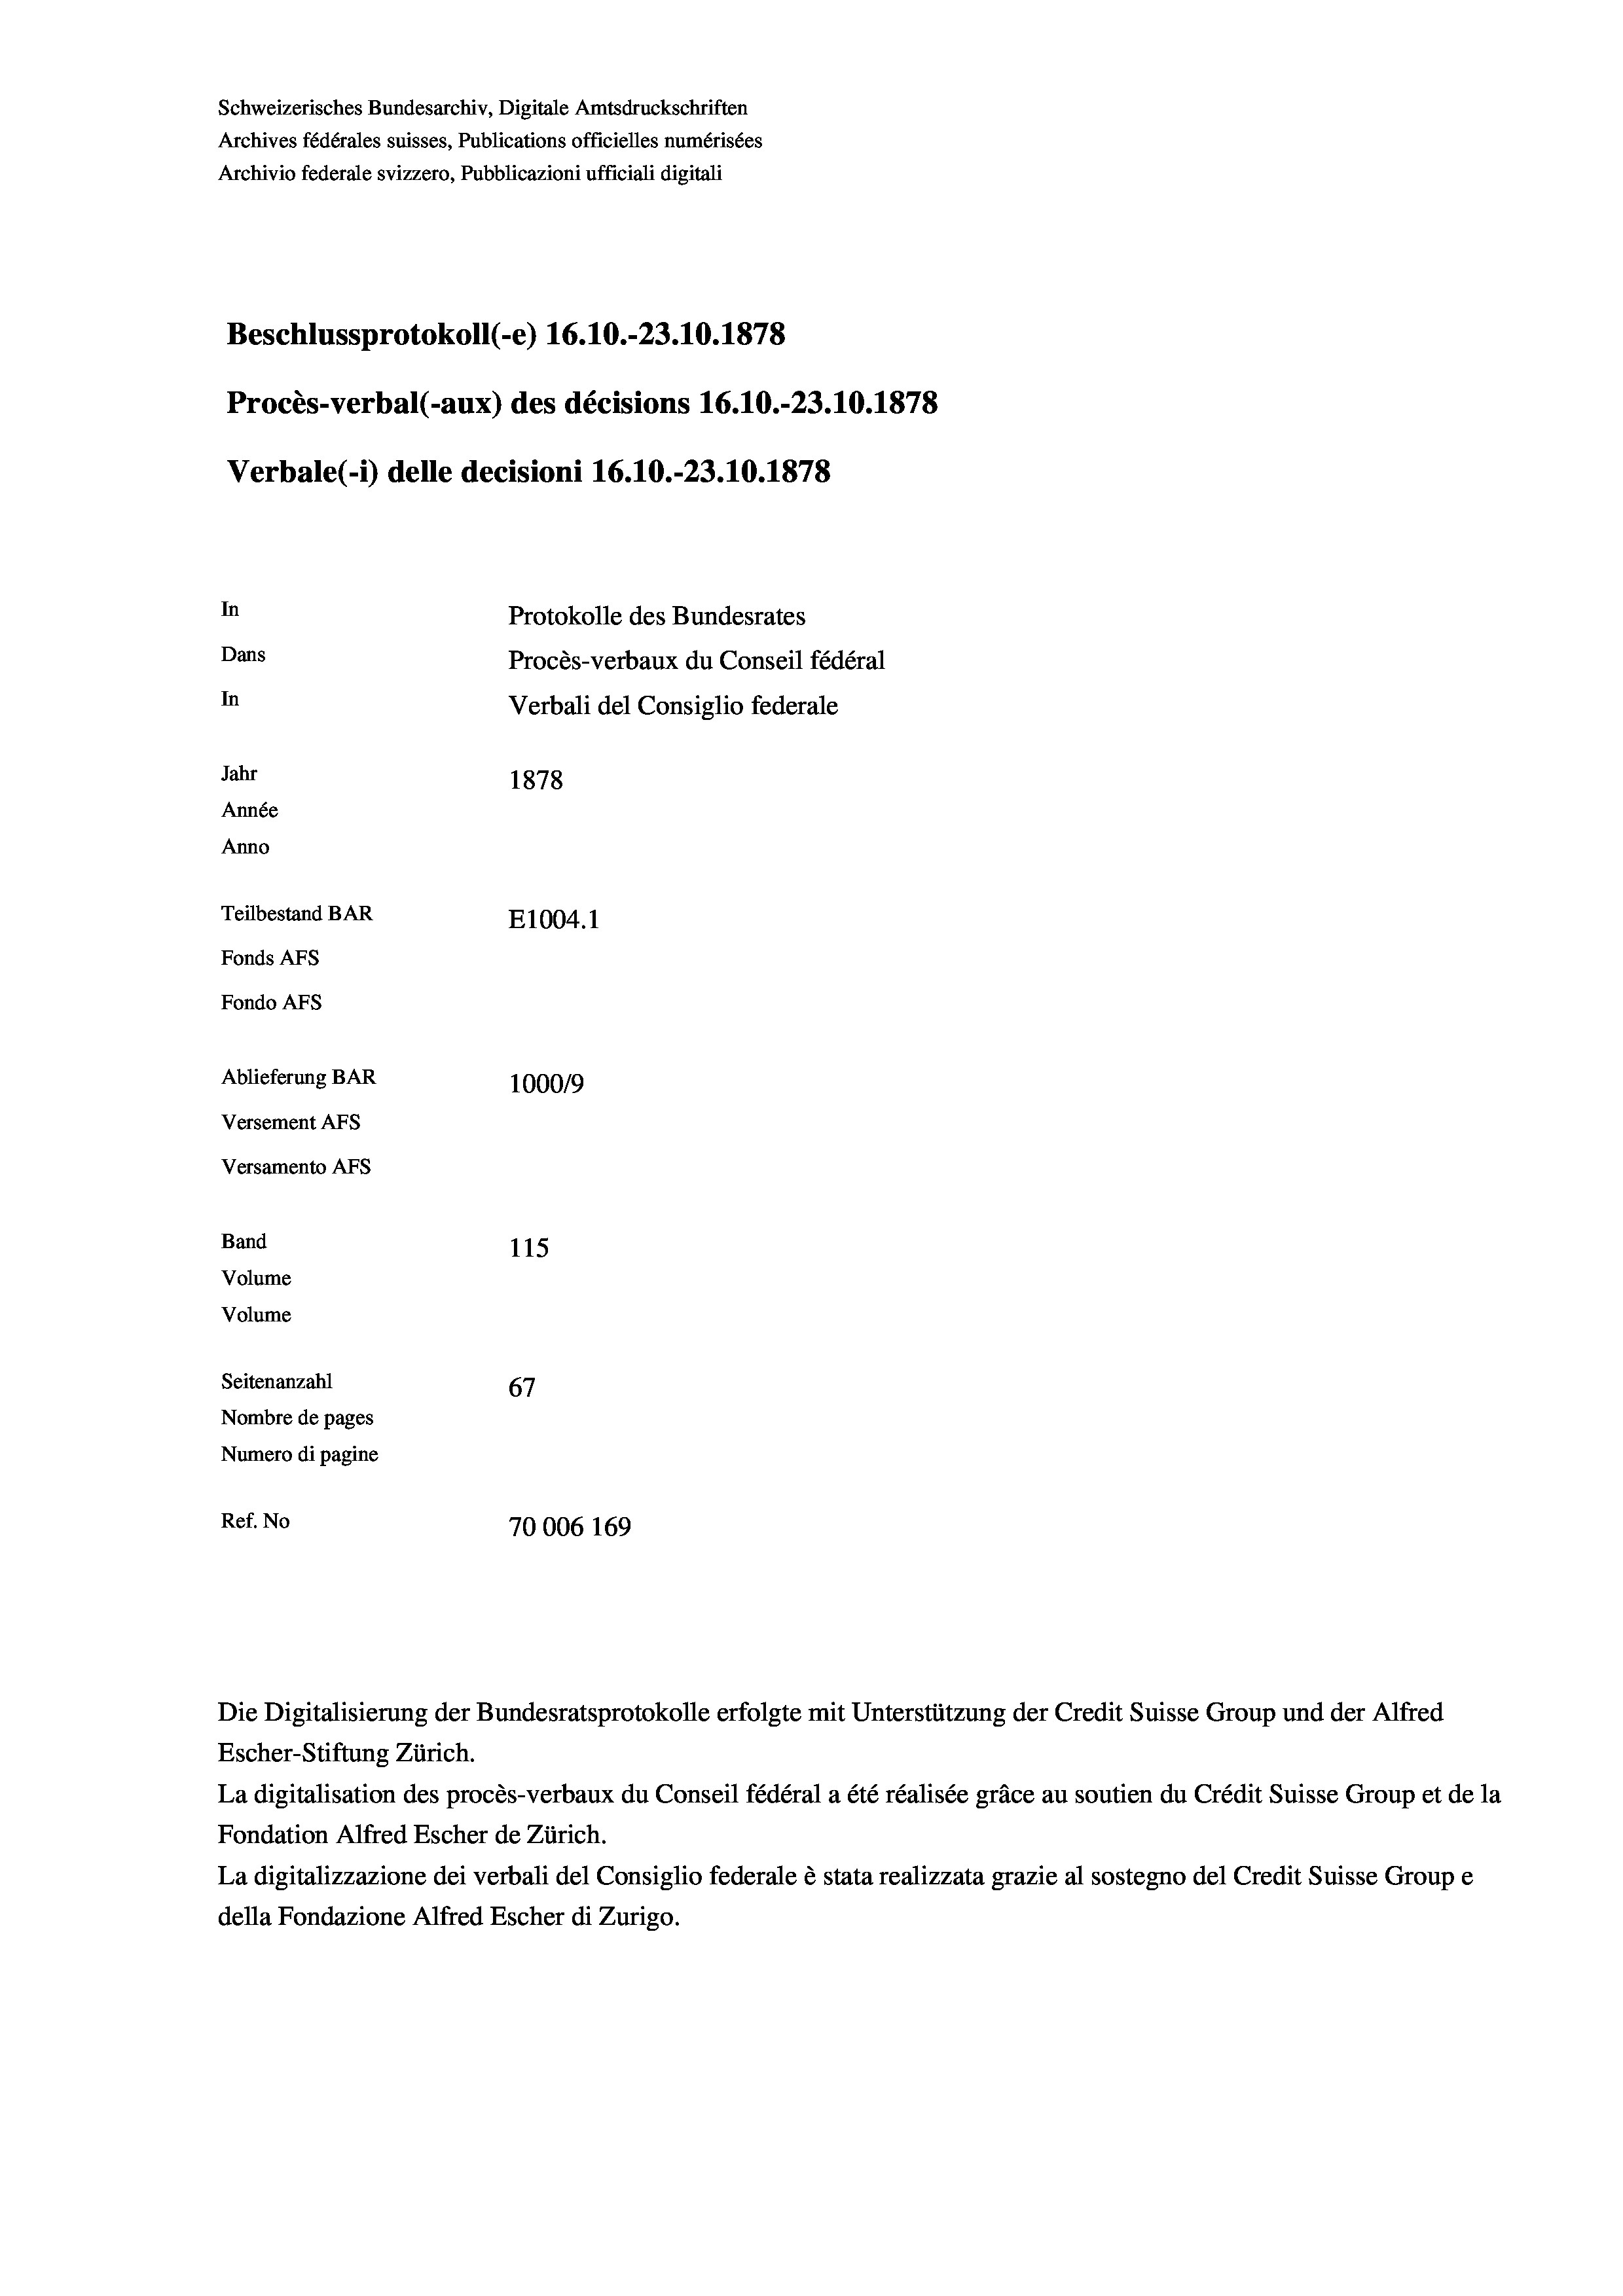
Schweizerisches Bundesarchiv, Digitale Amtsdruckschriften
Archives fédérales suisses, Publications officielles numérisées
Beschlussprotokoll (-e) 16.10.-23.10.1878
Procès-verbal (-aux) des décisions 16.10.-23.10.1878
In
Protokolle des Bundesrates
Dans
Procès-verbaux du Conseil fédéral
In
Verbali del Consiglio federale
Jahr
1878
Année
Anno
Teilbestand BAR
E1004.1
Fonds AFs
Fondo Afs
Ablieferung BAR
1000/9
Versement AFs
Versamento Afs

Band
Volume
Volume

115
Seitenanzahl
67
Nombre de pages
Numero di pagine
Ref. No
70006 169

Archivio federale svizzero, Pubblicazioni ufficiali digitali

Verbale(1) delle decisioni 16.10.-23.10.1878

Die Digitalisierung der Bundesratsprotokolle erfolgte mit Unterstützung der Credit Suisse Group und der Alfred
Escher-Stiftung Zürich.
La digitalisation des procès-verbaux du Conseil fédéral a été réalisée gräce au soutien du Crédit Suisse Group et de la
Fondation Alfred Escher de Zürich.
La digitalizzazione dei verbali del Consiglio federale è stata realizzata grazie al sostegno del Credit Suisse Groupe
della Fondazione Alfred Escher di Zurigo.